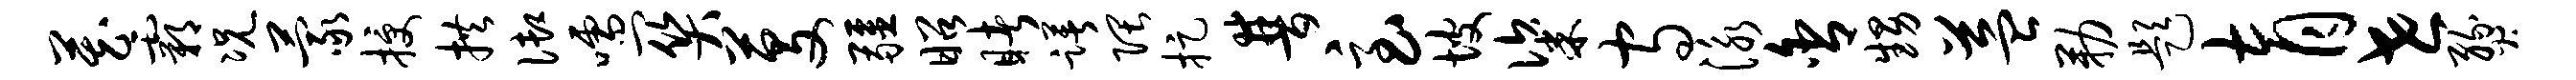
藏霸况蒙授拱御嚅关芟疆昭睹躇隈捉普急坡粢守泳舍甥益勒题育世燹